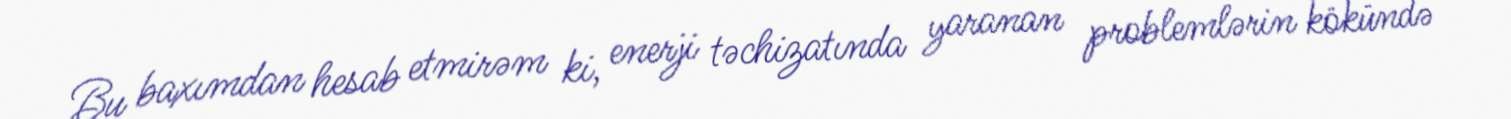
Bu baxımdan hesab etmirəm ki, enerji təchizatında yaranan problemlərin kökündə